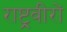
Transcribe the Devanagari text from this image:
राष्ट्रवीरों